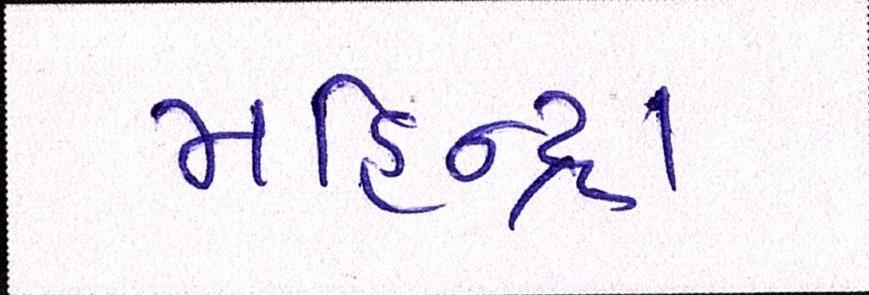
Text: મહિન્દ્રા